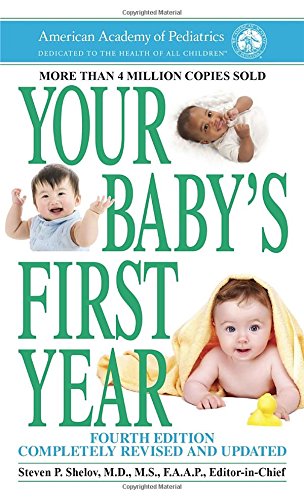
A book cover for Your Baby's First Year: Fourth Edition; American Academy Of Pediatrics; Parenting & Relationships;